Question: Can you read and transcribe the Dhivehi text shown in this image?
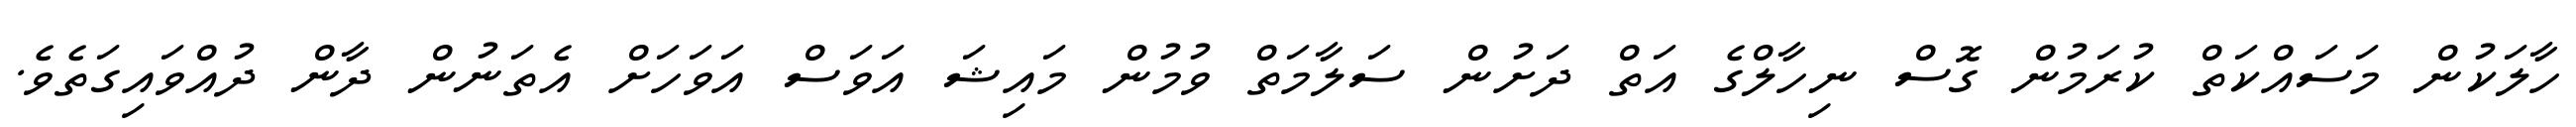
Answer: ހާލަކުން މަސައްކަތް ކުރަމުން ގޮސް ނިހާލްގެ އަތް ދަށުން ސަލާމަތް ވުމުން މައިޝަ އަވަސް އަވަހަށް އެތަނުން ދާން ދުއްވައިގަތެވެ.